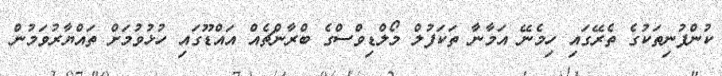
ކުންފުނިތަކުގެ ތެރޭގައި ހިމެނޭ އަމާނާ ތަކަފުލް މޯލްޑިވްސްގެ ބްރާންޗެއް އައްޑޫގައި ހުޅުވުމަށް ތައްޔާރުވަމުން